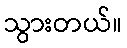
သွားတယ်။